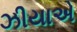
ઝીયાએ